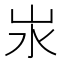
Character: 汖